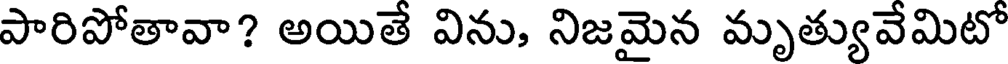
పారిపోతావా? అయితే విను, నిజమైన మృత్యువేమిటో